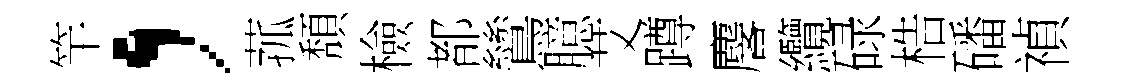
竿，菰頽檢都鷥臆艾蹲麐纜碌梏磻禎